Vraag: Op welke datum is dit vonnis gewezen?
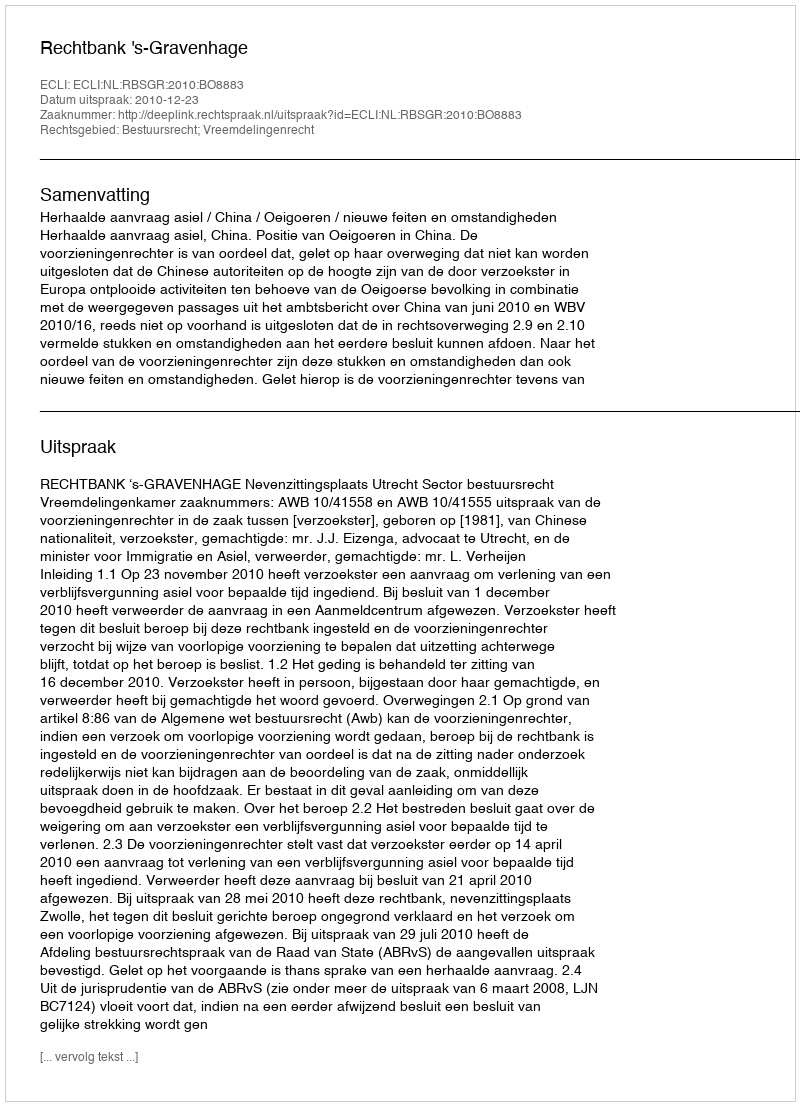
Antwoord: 2010-12-23